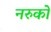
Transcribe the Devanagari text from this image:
नरुकों